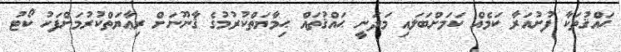
ޙައްޤުތަކާ ފުށުއަރާ ކަމެއް ކަމަށްބަލައި މަދަނީ ޙައްޤުތައް ޙިމާޔަތްކުރުމުގެ ޤާނޫނަށް ރިޢާޔަތްކުރުމަށްފަހު ކޯޓު